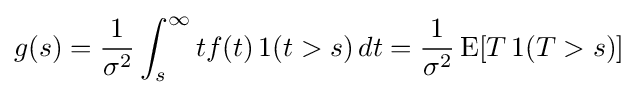
g(s)={\frac {1}{\sigma ^{2}}}\int _{s}^{\infty }tf(t)\,1(t>s)\,dt={\frac {1}{\sigma ^{2}}}\operatorname {E} [T\,1(T>s)]